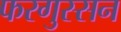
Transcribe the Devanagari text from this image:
फरगुस्सन